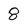
Character: 8